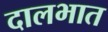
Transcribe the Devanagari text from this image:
दालभात